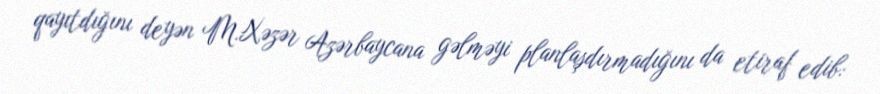
qayıtdığını deyən M.Xəzər Azərbaycana gəlməyi planlaşdırmadığını da etiraf edib: